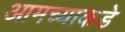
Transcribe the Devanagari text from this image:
आमच्‍याकडे